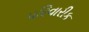
પરિવારીક